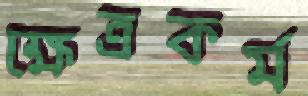
ক্ষেত্রকর্ম